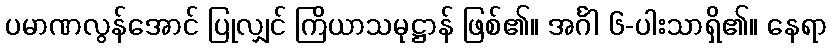
ပမာဏလွန်အောင် ပြုလျှင် ကြိယာသမုဋ္ဌာန် ဖြစ်၏။ အင်္ဂါ ၆-ပါးသာရှိ၏။ နေရာ